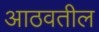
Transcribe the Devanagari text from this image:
आठवतील